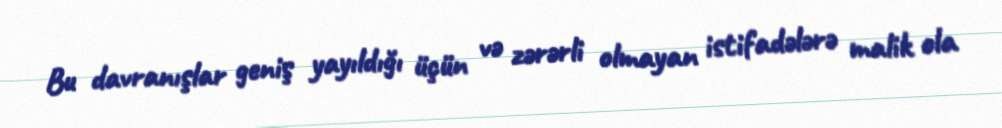
Bu davranışlar geniş yayıldığı üçün və zərərli olmayan istifadələrə malik ola